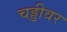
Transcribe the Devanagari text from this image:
चड्डीवर